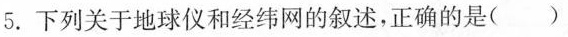
5.下列关于地球仪和经纬网的叙述，正确的是( )